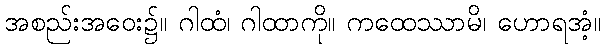
အစည်းအဝေး၌။ ဂါထံ၊ ဂါထာကို။ ကထေဿာမိ၊ ဟောရအံ့။